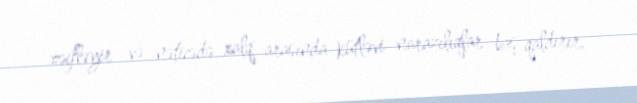
zəifləyir və nəticədə xalq arasında kütləvi narazılıqlar baş qaldırır.